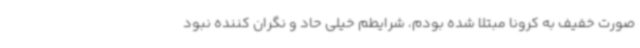
صورت خفیف به کرونا مبتلا شده بودم، شرایطم خیلی حاد و نگران کننده نبود